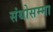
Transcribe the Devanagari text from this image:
संथोसम्मा